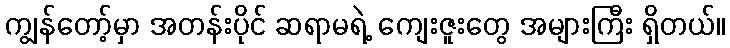
ကျွန်တော့်မှာ အတန်းပိုင် ဆရာမရဲ့ ကျေးဇူးတွေ အများကြီး ရှိတယ်။